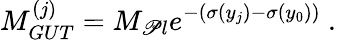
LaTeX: M_{GUT}^{(j)}=M_{\mathscr{P}l}e^{-(\sigma(y_{j})-\sigma(y_{0}))}~.~\,